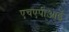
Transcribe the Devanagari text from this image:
एचएपीआई